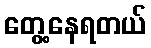
တွေ့နေရတယ်